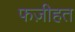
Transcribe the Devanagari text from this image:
फज़ीहत